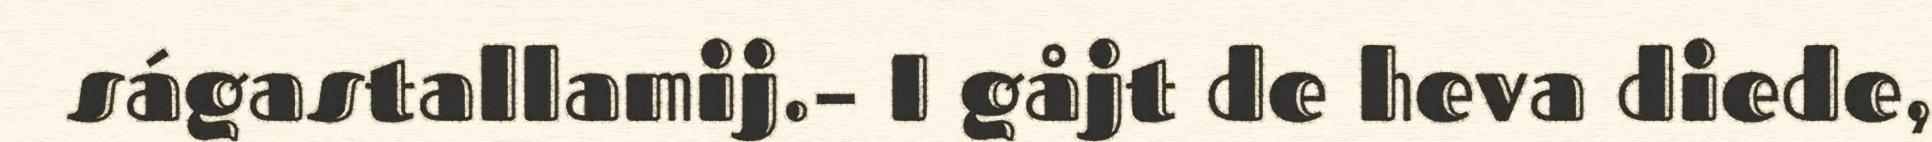
ságastallamij.– I gåjt de heva diede,